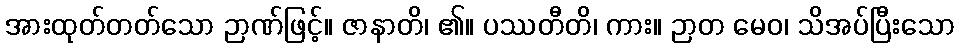
အားထုတ်တတ်သော ဉာဏ်ဖြင့်။ ဇာနာတိ၊ ၏။ ပဿတီတိ၊ ကား။ ဉာတ မေဝ၊ သိအပ်ပြီးသော